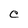
Character: C